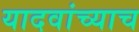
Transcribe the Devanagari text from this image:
यादवांच्याच